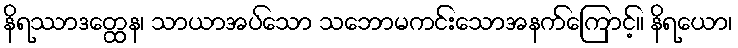
နိရဿာဒတ္ထေန၊ သာယာအပ်သော သဘောမကင်းသောအနက်ကြောင့်။ နိရယော၊